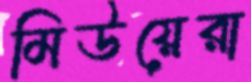
মিউয়েরা